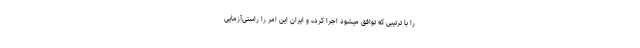
را با ترتیبی که توافق میشود اجرا کرده و ایران این امر را راستی‌آزمایی